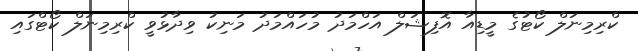
ކްރިމިނަލް ކޯޓުގެ މީޑިއާ އޮފިޝަލް އަހްމަދު މުހައްމަދު މަނިކު ވިދާޅުވީ ކްރިމިނަލް ކޯޓްގައި